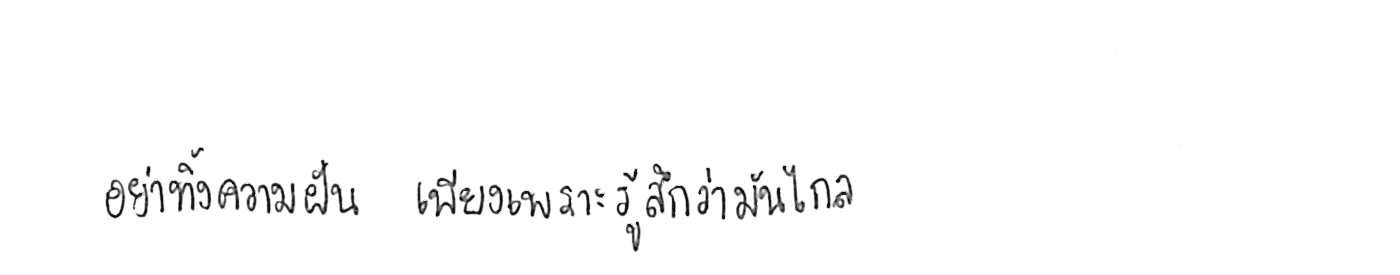
อย่าทิ้งความฝัน เพียงเพราะรู้สึกว่ามันไกล